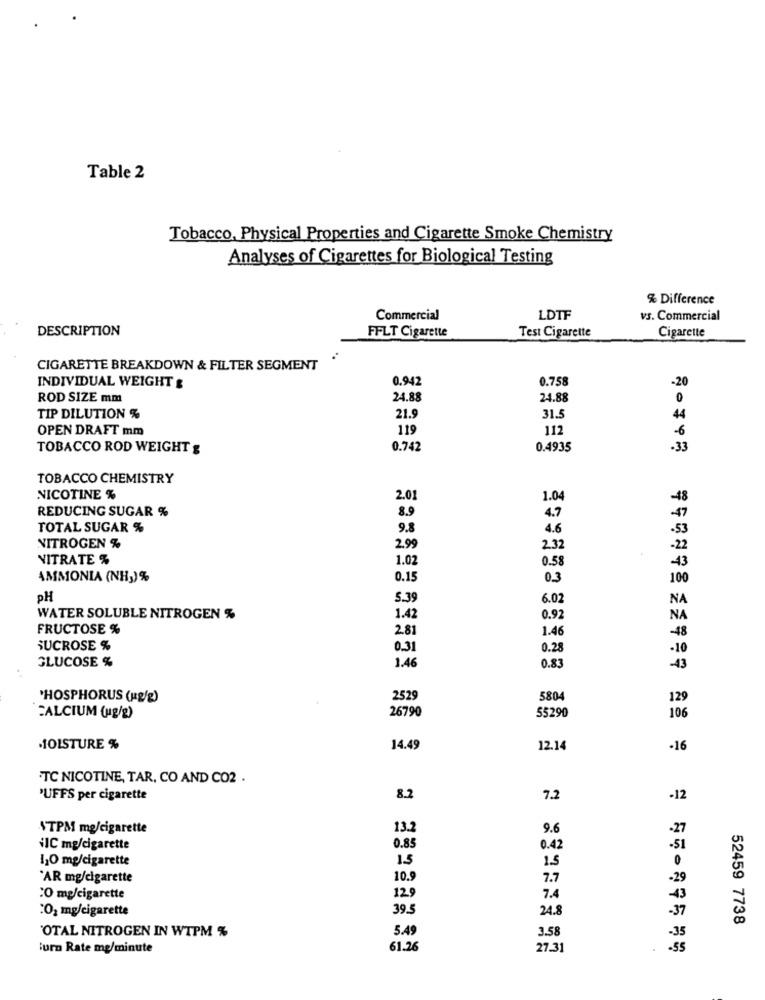
Table 2
Tobacco, Physical Properties and Cigarette Smoke Chemistry
Analyses of Cigarettes for Biological Testing
% Difference
Commercial
LDTF
vs. Commercial
DESCRIPTION
FFLT Cigarette
Test Cigarette
Cigarette
CIGARETTE BREAKDOWN & FILTER SEGMENT
0.942
0.758
-20
INDIVIDUAL WEIGHT &
ROD SIZE mm
24.88
24.88
0
TIP DILUTION %
21.9
31.5
44
OPEN DRAFT mm
119
112
-6
TOBACCO ROD WEIGHT g
0.742
0.4935
-33
TOBACCO CHEMISTRY
NICOTINE %
2.01
1.04
REDUCING SUGAR %
8.9
4.7
TOTAL SUGAR %
9.8
4.6
NITROGEN %
2.99
2.32
NITRATE %
1.0
0.58
AMMONIA (NH3)%
0.15
0.3
DH
5.39
6.02
WATER SOLUBLE NITROGEN %
1.42
0.92
FRUCTOSE %
281
1.46
SUCROSE %
0.31
0.28
GLUCOSE %
1.46
0.8
PHOSPHORUS (1g/g)
2529
5804
129
26790
55290
CALCIUM (ug/g)
106
MOISTURE %
14.49
12.14
-16
TC NICOTINE, TAR, CO AND CO2 .
'UFFS per cigarette
8.2
7.2
-12
NTPM mg/cigarette
13.2
9.6
-27
ilC mg/cigarette
0.85
0.42
-51
110 mg/cigarette
15
1.5
"AR mg/cigarette
10.9
7.7
:0 mg/cigarette
129
7.4
:O2 mg/cigarette
39.5
24.8
52459 7738
'OTAL NITROGEN IN WTPM %
5.49
3.58
Furn Rate mg/minute
61.26
27.31
.55